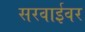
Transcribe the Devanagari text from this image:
सरवाईवर